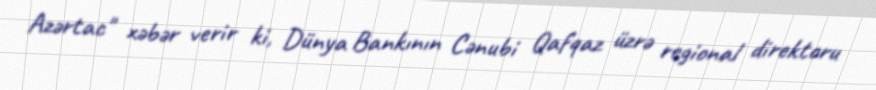
Azərtac" xəbər verir ki, Dünya Bankının Cənubi Qafqaz üzrə regional direktoru